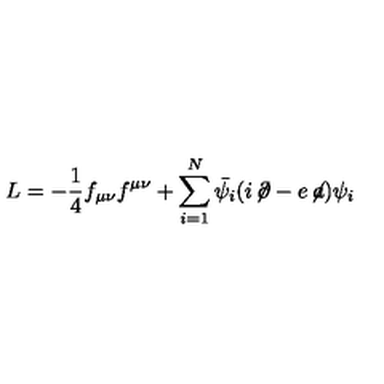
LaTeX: L = - \frac { 1 } { 4 } f _ { \mu \nu } f ^ { \mu \nu } + \sum _ { i = 1 } ^ { N } \bar { \psi _ { i } } ( i \! \not \! \partial - e \! \not \! a ) \psi _ { i }